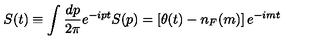
S ( t ) \equiv \int { \frac { d p } { 2 \pi } } e ^ { - i p t } S ( p ) = \left[ \theta ( t ) - n _ { F } ( m ) \right] e ^ { - i m t }